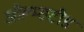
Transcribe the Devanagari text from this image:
ओल्म्सटीड